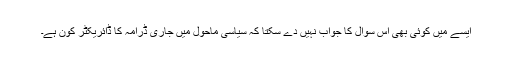
ایسے میں کوئی بھی اس سوال کا جواب نہیں دے سکتا کہ سیاسی ماحول میں جاری ڈرامہ کا ڈائریکٹر کون ہے۔